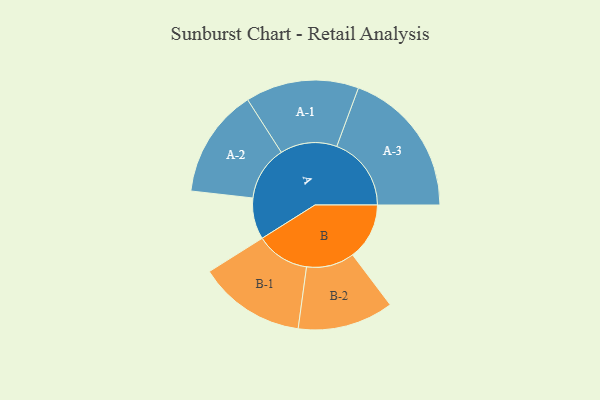
{"axis": {"x": "Segment", "y": "Value"}, "legend": ["", "A", "B"], "data": [{"x": "A", "y": 132, "type": ""}, {"x": "B", "y": 181, "type": ""}, {"x": "A-1", "y": 181, "type": "A"}, {"x": "A-2", "y": 174, "type": "A"}, {"x": "A-3", "y": 238, "type": "A"}, {"x": "B-1", "y": 171, "type": "B"}, {"x": "B-2", "y": 153, "type": "B"}]}